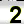
Digit: 2